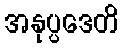
အနုပ္ပဒေတိ